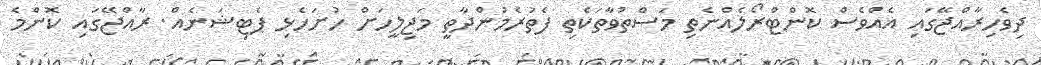
ދިވެހިރާއްޖޭގައި އެއްވެސް ކޮންޓްރޯލެއްނެތި މަސްތުވާތަކެތި ފެތުރެމުންދާތީ މަޖިލީހަށް ހުށަހެޅި ޕެޓިޝަނެއް. ރާއްޖޭގައި ކޮންމެ